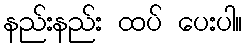
နည်းနည်း ထပ် ပေးပါ။